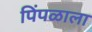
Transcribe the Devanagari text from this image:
पिंपळाला